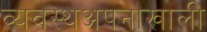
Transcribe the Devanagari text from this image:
व्यवस्थअपनाखाली